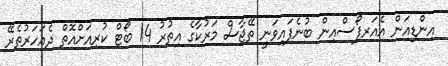
އިންޑިއަން އެއަރފޯސްއިން ބުނެފައިވަނީ ތޭޖާސް މަރުކާގެ އިތުރު 14 ބޯޓް ކުރިއަށްއޮތް ދެއަހަރުތެރޭ